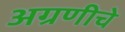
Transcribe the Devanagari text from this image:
अग्रणीचे